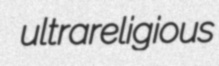
ultrareligious